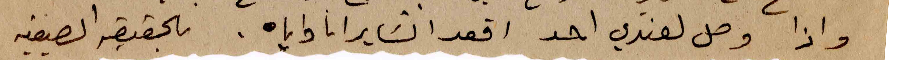
واذا وصل لعندي احد اقعد اتساير انا واياه . بالحقيقة الصيفيه